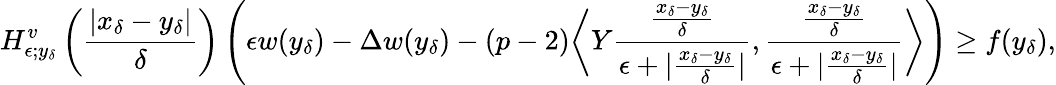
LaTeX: H_{\epsilon;y_{\delta}}^{v}\left(\frac{|x_{\delta}-y_{\delta}|}{\delta}\right)\left(\epsilon w(y_{\delta})-\Delta w(y_{\delta})-(p-2)\bigg\langle Y\frac{\frac{x_{\delta}-y_{\delta}}{\delta}}{\epsilon+|\frac{x_{\delta}-y_{\delta}}{\delta}|},\frac{\frac{x_{\delta}-y_{\delta}}{\delta}}{\epsilon+|\frac{x_{\delta}-y_{\delta}}{\delta}|}\bigg\rangle\right)\geq f(y_{\delta}),